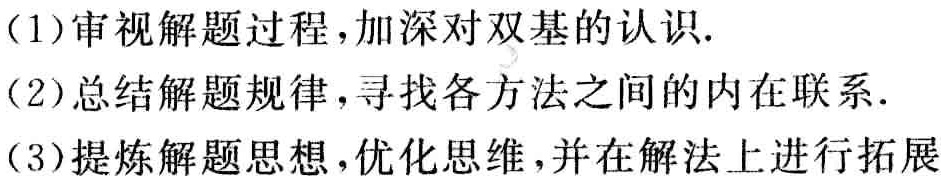
(1)审视解题过程，加深对双基的认识.

(2)总结解题规律，寻找各方法之间的内在联系.

(3)提炼解题思想，优化思维，并在解法上进行拓展